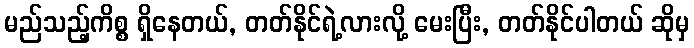
မည်သည့်ကိစ္စ ရှိနေတယ်, တတ်နိုင်ရဲ့လားလို့ မေးပြီး, တတ်နိုင်ပါတယ် ဆိုမှ